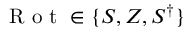
\textrm { R o t } \in \{ S , Z , S ^ { \dagger } \}